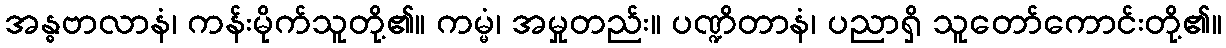
အန္ဓဗာလာနံ၊ ကန်းမိုက်သူတို့၏။ ကမ္မံ၊ အမှုတည်း။ ပဏ္ဍိတာနံ၊ ပညာရှိ သူတော်ကောင်းတို့၏။